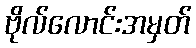
ဗိုလ်လောင်းအမှတ်